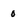
Character: 0